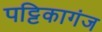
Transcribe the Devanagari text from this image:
पट्टिकागंज